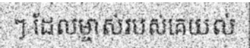
ៗ ដែលម្ចាស់របស់គេយល់